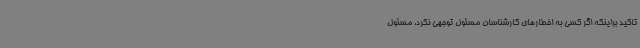
تاکید براینکه اگر کسی به اخطارهای کارشناسان مسئول توجهی نکرد، مسئول